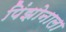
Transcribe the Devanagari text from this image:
पिंझोनाला